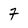
Character: 7